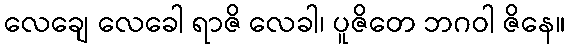
လေချေ လေခေါ ရာဇိ လေခါ၊ ပူဇိတေ ဘဂဝါ ဇိနေ။